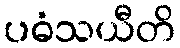
ပဓံသယီတိ